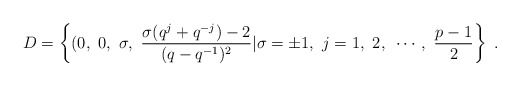
\begin{align*}D=\left\{(0,~0,~\sigma,~\frac{\sigma(q^j+q^{-j})-2}{(q-q^{-1})^2}\vert\sigma=\pm 1,~j=1,~2,~\cdots,~\frac{p-1}{2}\right\}~.\end{align*}